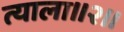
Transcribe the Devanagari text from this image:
त्याला।।२।।